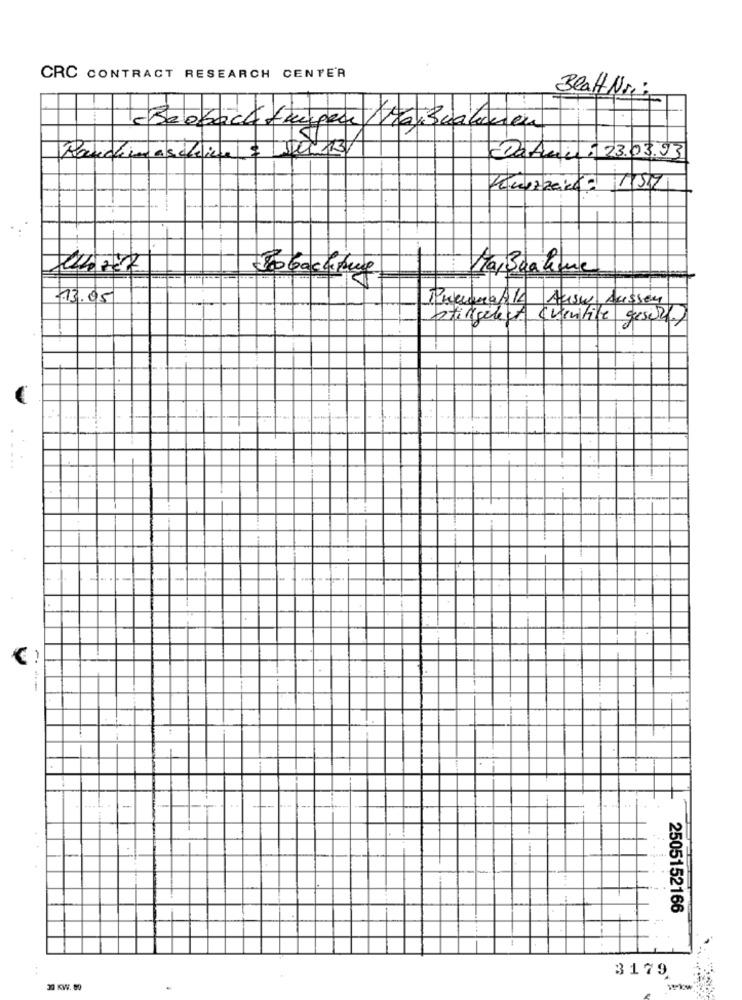
CRC CONTRACT RESEARCH CENTER
Beat Ning
achtungen troiscalen
1/13
Datain : 23.03.93
Longzzeice: 157
HarBcalme
Jobachtung
13.05
PumanaATA Ausw Ausser
stillgelegt (ventile gesurft
1
·
-
..
2505152166
3179
30 KW. 80